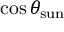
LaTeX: \cos \theta _ { \mathrm { s u n } }